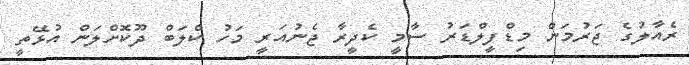
ރެއާލުގެ ޖަރުމަން މިޑްފީލްޑަރު ސާމީ ކެދީރާ ޖެނުއަރީ މަހު ކްލަބް ދޫކޮށްލަން އުޅޭތީ